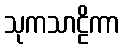
သုကသာဠိကာ